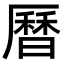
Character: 曆